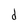
Character: d